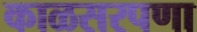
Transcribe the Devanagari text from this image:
काळसरपणा